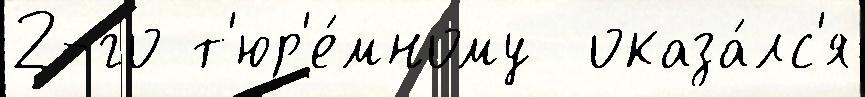
2-го т'юр'е́мному  оказа́лс'я